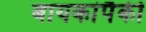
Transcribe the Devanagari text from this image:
बायकांपैकी